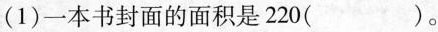
(1)一本书封面的面积是220( )。